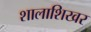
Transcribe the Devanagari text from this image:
शालाशिखर